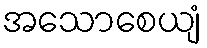
အသောစေယျံ